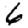
Digit: 6